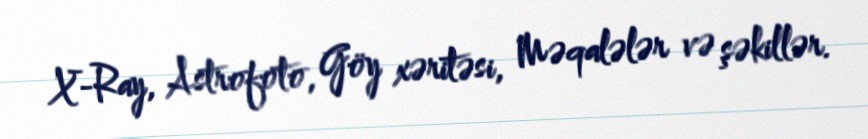
X-Ray, Astrofoto, Göy xəritəsi, Məqalələr və şəkillər.